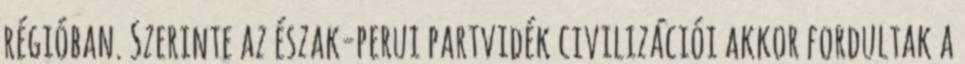
régióban. Szerinte az észak-perui partvidék civilizációi akkor fordultak a